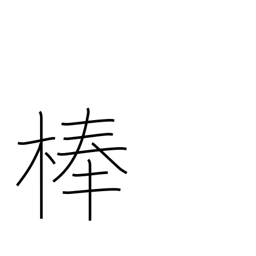
Meaning: pole